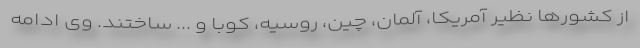
از کشورها نظیر آمریکا، آلمان، چین، روسیه، کوبا و ... ساختند. وی ادامه